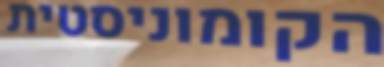
הקומוניסטית